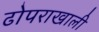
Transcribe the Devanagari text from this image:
ढोपराखाली